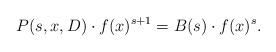
LaTeX: \begin{align*}P(s,x,D)\cdot f(x)^{s+1}=B(s)\cdot f(x)^s.\end{align*}